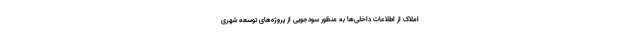
املاک از اطلاعات داخلی‌ها به منظور سودجویی از پروژه‌های توسعه شهری